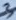
Text: 3